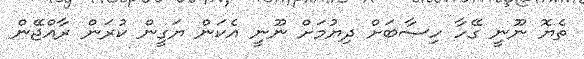
ތެޔޮ ނޫނީ ގޭހާ ހިސާބަށް ދިޔުމަށް ނޫނީ އެކަން ޔަގީން ކުރަން ރާއްޖޭން